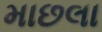
માછલા